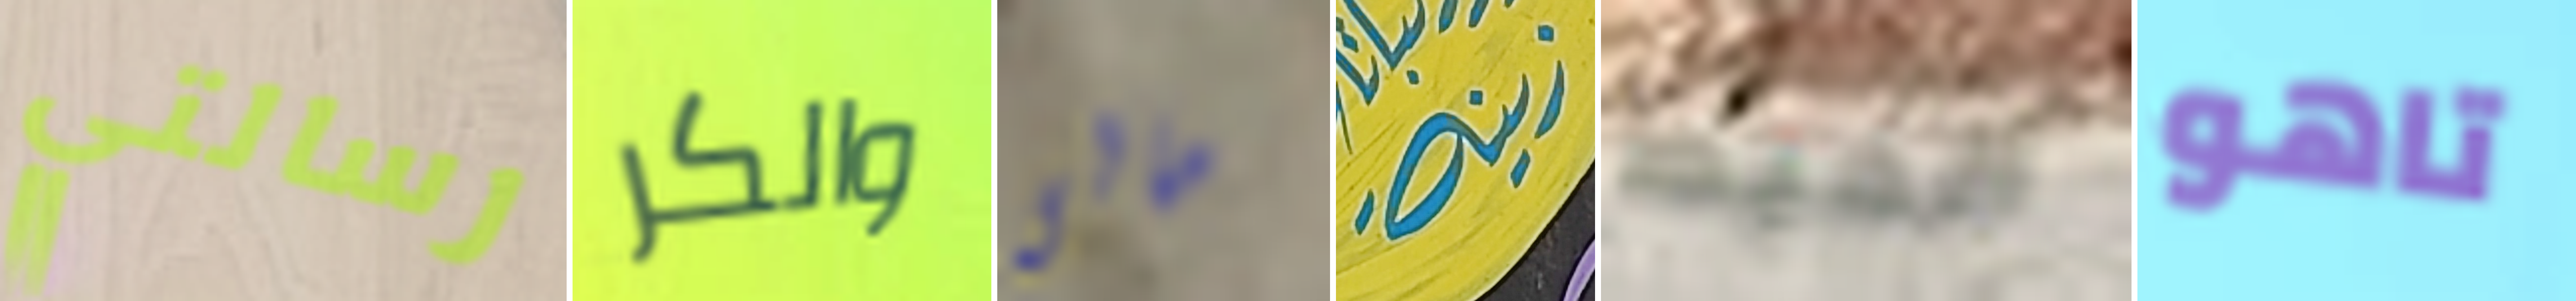
رسالتي والكر مالى زينة الخيط تاهو